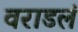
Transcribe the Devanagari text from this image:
वराडलं